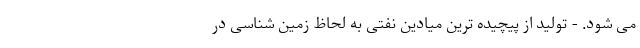
می شود. - توليد از پيچيده ترین ميادین نفتی به لحاظ زمين شناسی در